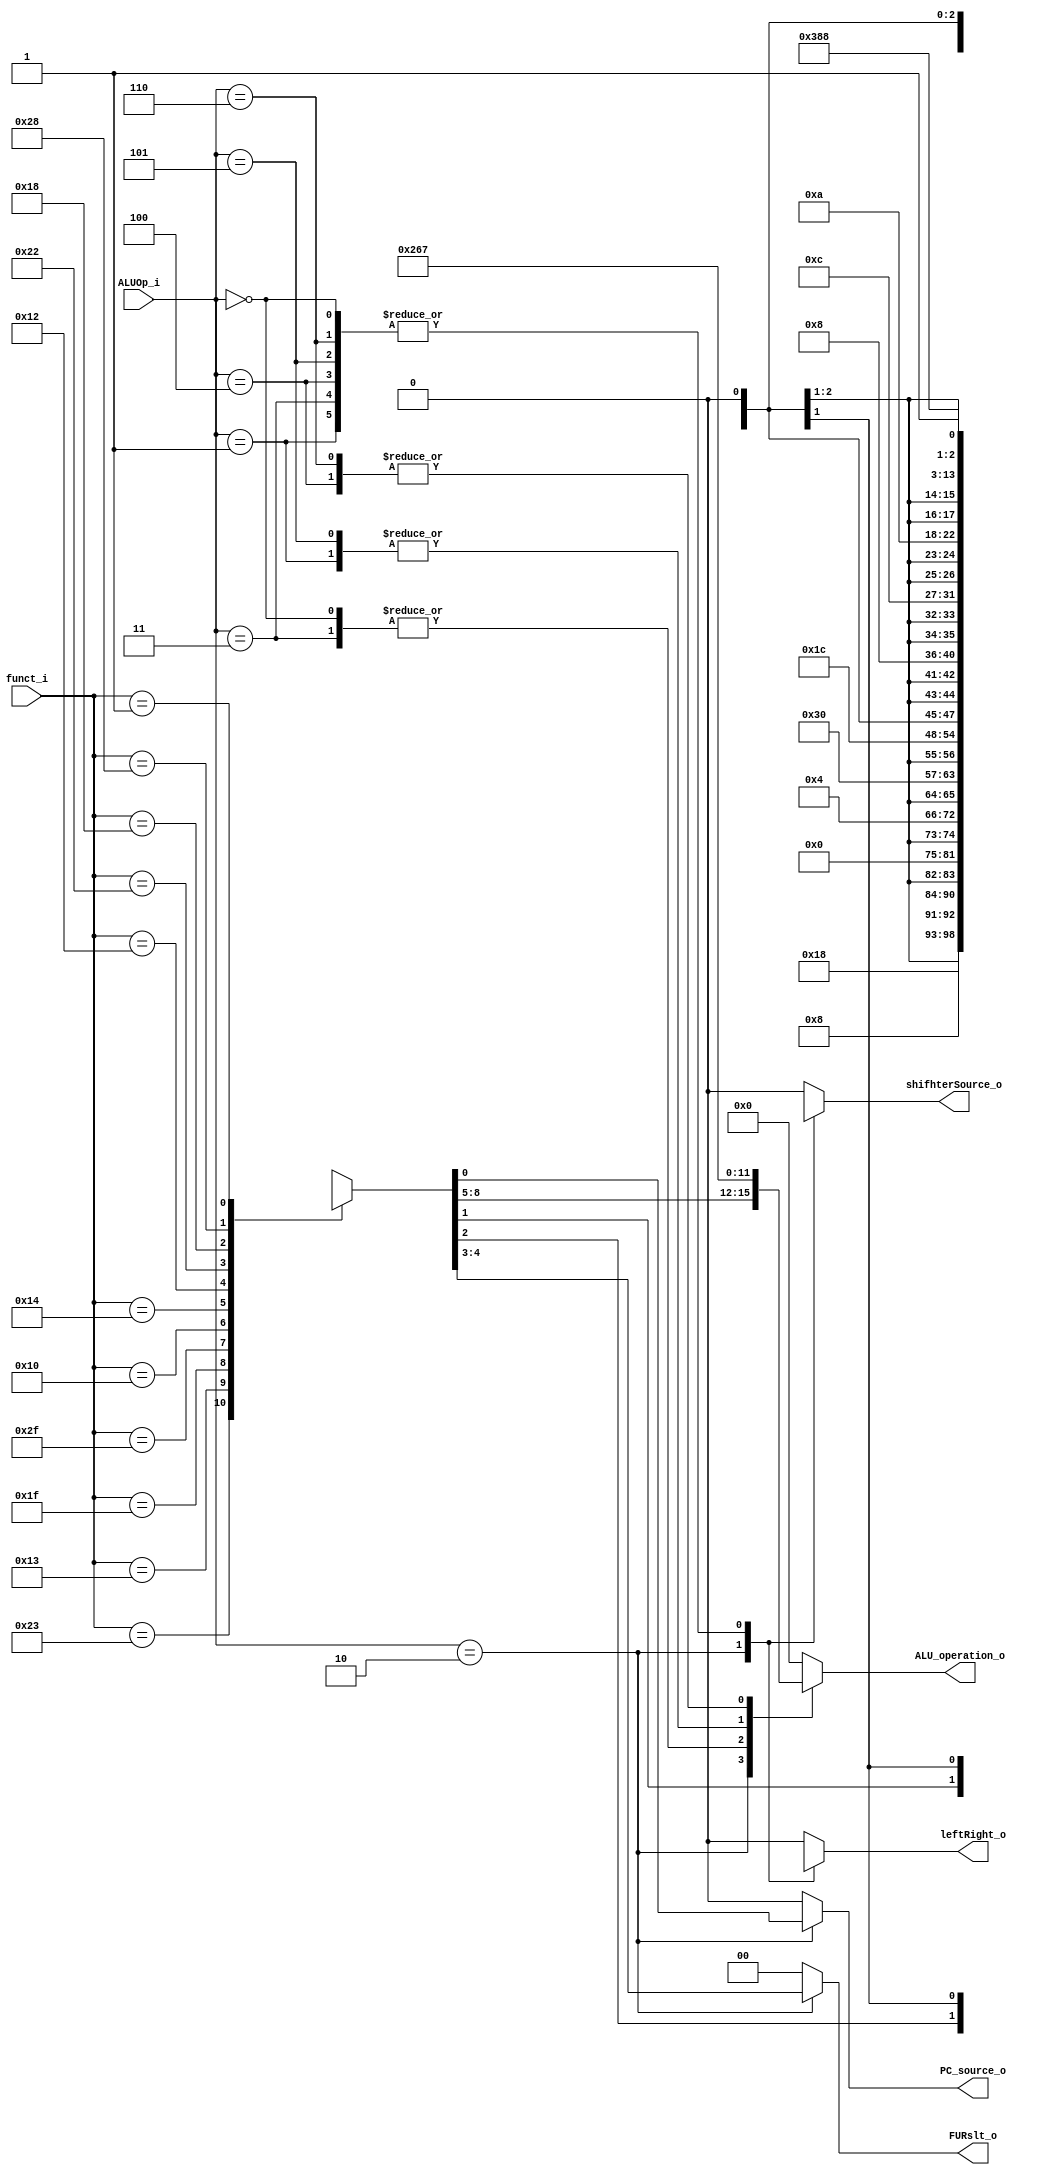
module ALU_Ctrl (
           funct_i,
           ALUOp_i,
           ALU_operation_o,
           FURslt_o,
           leftRight_o,
           shifhterSource_o,
           PC_source_o
       );

//I/O ports
input [6-1:0] funct_i;
input [3-1:0] ALUOp_i;

output [4-1:0] ALU_operation_o;
output [2-1:0] FURslt_o;
output leftRight_o;
output shifhterSource_o;
output PC_source_o;
parameter ADD = 6'b100011;
parameter SUB = 6'b010011;
parameter AND = 6'b011111;
parameter OR = 6'b101111;
parameter NOR = 6'b010000;
parameter SLT = 6'b010100;
parameter SLL = 6'b010010;
parameter SRL = 6'b100010;
parameter SLLV = 6'b011000;
parameter SRLV = 6'b101000;
parameter JR =  6'b000001;

//Internal Signals
reg [4-1:0] ALU_operation_o;
reg [2-1:0] FURslt_o;
reg leftRight_o;
reg shifhterSource_o;
reg PC_source_o;
//Main function
/*your code here*/
always @*
begin
    case(ALUOp_i)
        3'b000:{ALU_operation_o, FURslt_o, leftRight_o, shifhterSource_o, PC_source_o} = {4'b0010, 2'b00, 1'bx, 1'bx, 1'b0};
        3'b001:{ALU_operation_o, FURslt_o, leftRight_o, shifhterSource_o, PC_source_o} = {4'b0110, 2'b00, 1'bx, 1'bx, 1'b0};
        3'b010:
        begin
            case(funct_i)
                ADD:{ALU_operation_o, FURslt_o, leftRight_o, shifhterSource_o, PC_source_o} = {4'b0010, 2'b00, 1'bx, 1'bx, 1'b0};
                SUB:{ALU_operation_o, FURslt_o, leftRight_o, shifhterSource_o, PC_source_o} = {4'b0110, 2'b00, 1'bx, 1'bx, 1'b0};
                AND:{ALU_operation_o, FURslt_o, leftRight_o, shifhterSource_o, PC_source_o} = {4'b0000, 2'b00, 1'bx, 1'bx, 1'b0};
                OR:{ALU_operation_o, FURslt_o, leftRight_o, shifhterSource_o, PC_source_o} = {4'b0001, 2'b00, 1'bx, 1'bx, 1'b0};
                NOR:{ALU_operation_o, FURslt_o, leftRight_o, shifhterSource_o, PC_source_o} = {4'b1100, 2'b00, 1'bx, 1'bx, 1'b0};
                SLT:{ALU_operation_o, FURslt_o, leftRight_o, shifhterSource_o, PC_source_o} = {4'b0111, 2'b00, 1'bx, 1'bx, 1'b0};
                SLL:{ALU_operation_o, FURslt_o, leftRight_o, shifhterSource_o, PC_source_o} = {4'bx, 2'b01, 1'b0, 1'b0, 1'b0};
                SRL:{ALU_operation_o, FURslt_o, leftRight_o, shifhterSource_o, PC_source_o} = {4'bx, 2'b01, 1'b1, 1'b0, 1'b0};
                SLLV:{ALU_operation_o, FURslt_o, leftRight_o, shifhterSource_o, PC_source_o} = {4'bx, 2'b01, 1'b0, 1'b1, 1'b0};
                SRLV:{ALU_operation_o, FURslt_o, leftRight_o, shifhterSource_o, PC_source_o} = {4'bx, 2'b01, 1'b1, 1'b1, 1'b0};
                JR:{ALU_operation_o, FURslt_o, leftRight_o, shifhterSource_o, PC_source_o} = {4'b0010, 2'b00, 1'bx, 1'bx, 1'b1};
                default:{ALU_operation_o, FURslt_o, leftRight_o, shifhterSource_o, PC_source_o} = {4'bx, 2'bx, 1'bx, 1'bx, 1'b0};
            endcase
        end
        3'b011:{ALU_operation_o, FURslt_o, leftRight_o, shifhterSource_o, PC_source_o} = {4'b0010, 2'b00, 1'bx, 1'bx, 1'b0};
        3'b100:{ALU_operation_o, FURslt_o, leftRight_o, shifhterSource_o, PC_source_o} = {4'b0111, 2'b00, 1'bx, 1'bx, 1'b0};
        3'b101:{ALU_operation_o, FURslt_o, leftRight_o, shifhterSource_o, PC_source_o} = {4'b0110, 2'b00, 1'bx, 1'bx, 1'b0};
        3'b110:{ALU_operation_o, FURslt_o, leftRight_o, shifhterSource_o, PC_source_o} = {4'b0111, 2'b00, 1'bx, 1'bx, 1'b0};
        default:{ALU_operation_o, FURslt_o, leftRight_o, shifhterSource_o, PC_source_o} = {4'b0, 2'b0, 1'b0, 1'b0, 1'b0};

    endcase
end

endmodule